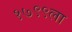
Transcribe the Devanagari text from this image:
१७९९ला